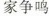
家争鸣